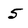
Character: 5